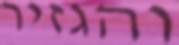
והגזיר